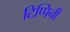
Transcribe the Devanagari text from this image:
टिप्पिनी